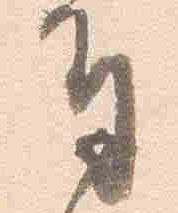
奉